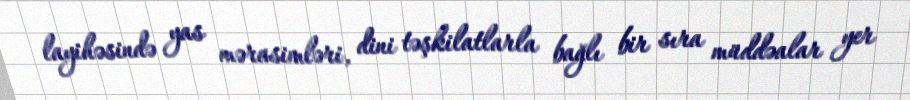
layihəsində yas mərasimləri, dini təşkilatlarla bağlı bir sıra müddəalar yer